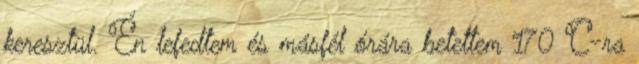
keresztül. Én lefedtem és másfél órára betettem 170 C-ra